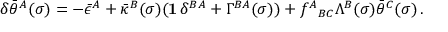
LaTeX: \delta \bar { \theta } ^ { A } ( \sigma ) = - \bar { \epsilon } ^ { A } + \bar { \kappa } ^ { B } ( \sigma ) ( { \bf 1 } \, \delta ^ { B A } + \Gamma ^ { B A } ( \sigma ) ) + f ^ { A } { } _ { B C } \Lambda ^ { B } ( \sigma ) \bar { \theta } ^ { C } ( \sigma ) \, .